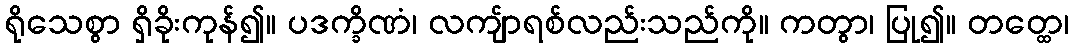
ရိုသေစွာ ရှိခိုးကုန်၍။ ပဒက္ခိဏံ၊ လကျ်ာရစ်လည်းသည်ကို။ ကတွာ၊ ပြု၍။ တတ္ထေ၊